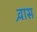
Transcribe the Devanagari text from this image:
श्र्वास